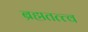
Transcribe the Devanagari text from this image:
ब्रह्मतत्त्व